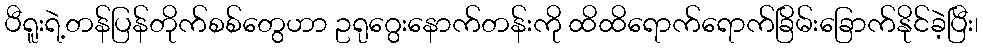
ပီရူးရဲ့တန်ပြန်တိုက်စစ်တွေဟာ ဥရုဂွေးနောက်တန်းကို ထိထိရောက်ရောက်ခြိမ်းခြောက်နိုင်ခဲ့ပြီး၊